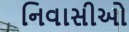
નિવાસીઓ